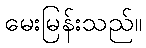
မေးမြန်းသည်။